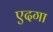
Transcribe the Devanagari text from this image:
एदगा